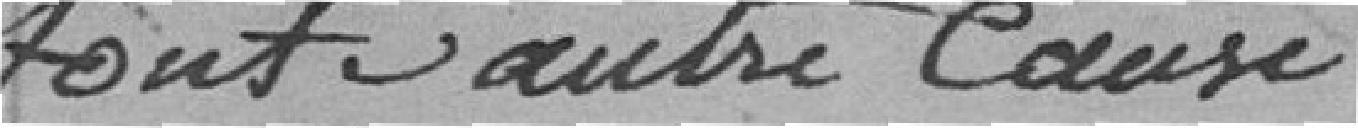
tout autre cause